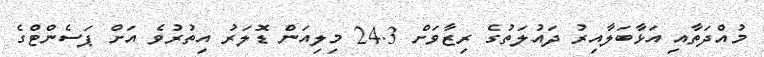
މުއްދަތާއި އަޅާބަލާއިރު ދައުލަތުގެ ރިޒާވަށް 24.3 މިލިއަން ޑޮލަރު އިތުރުވެ އަށް ޕަސެންޓްގެ